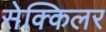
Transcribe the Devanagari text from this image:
सेक्किलर